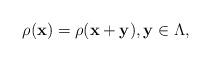
LaTeX: \begin{align*}\rho(\mathbf{x})=\rho(\mathbf{x}+\mathbf{y}), \mathbf{y} \in \Lambda,\end{align*}